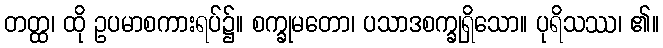
တတ္ထ၊ ထို ဥပမာစကားရပ်၌။ စက္ခုမတော၊ ပသာဒစက္ခုရှိသော။ ပုရိသဿ၊ ၏။